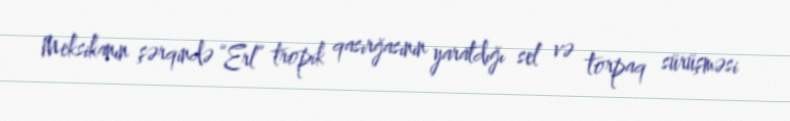
Meksikanın şərqində “Erl” tropik qasırğasının yaratdığı sel və torpaq sürüşməsi